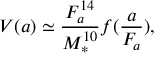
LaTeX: V ( a ) \simeq \frac { F _ { a } ^ { 1 4 } } { M _ { * } ^ { 1 0 } } f ( \frac { a } { F _ { a } } ) ,